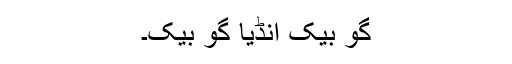
گو بیک انڈیا گو بیک۔